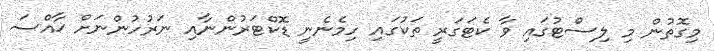
މިގޮތުން މި ލިސްޓުގައި ވާ ކެޓަގަރީ ތަކުގައި ހިމެނެނީ ޑޮކްޓަރުންނާއި ނަރުހުންނަށް ޚާއްސަ